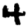
Digit: 4